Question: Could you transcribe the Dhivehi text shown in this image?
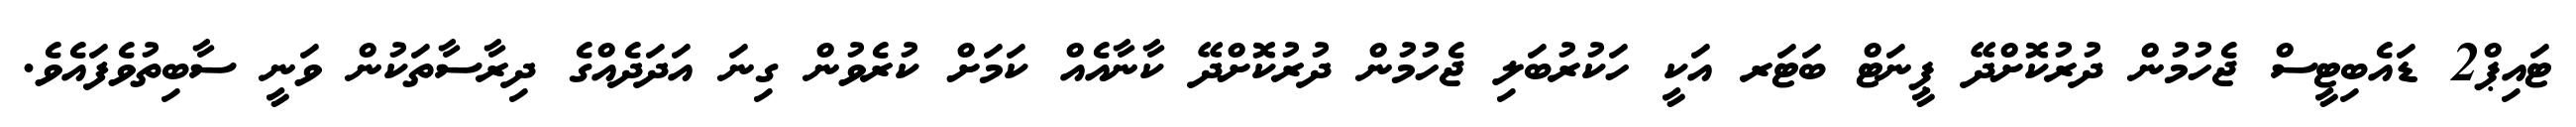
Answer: ޓައިޕް2 ޑައެބިޓީސް ޖެހުމުން ދުރުކޮށްދޭ ޕީނަޓް ބަޓަރ އަކީ ހަކުރުބަލި ޖެހުމުން ދުރުކޮށްދޭ ކާނާއެއް ކަމަށް ކުރެވުން ގިނަ އަދަދެއްގެ ދިރާސާތަކުން ވަނީ ސާބިތުވެފައެވެ.